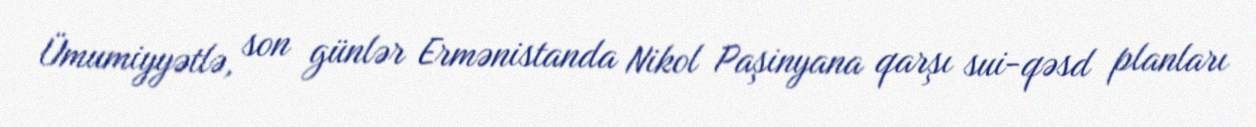
Ümumiyyətlə, son günlər Ermənistanda Nikol Paşinyana qarşı sui-qəsd planları